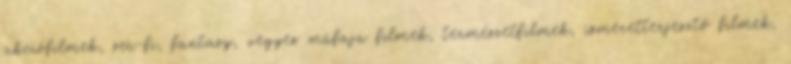
akciófilmek, sci-fi, fantasy, vegyes műfajú filmek, természetfilmek, ismeretterjesztő filmek,